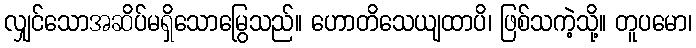
လျှင်သောအဆိပ်မရှိသောမြွေသည်။ ဟောတိသေယျထာပိ၊ ဖြစ်သကဲ့သို့။ တူပမော၊